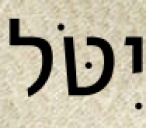
יִטֹּל